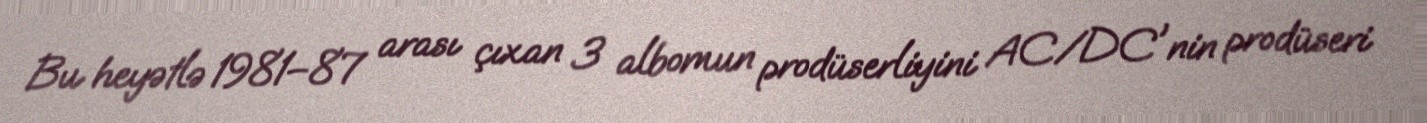
Bu heyətlə 1981–87 arası çıxan 3 albomun prodüserliyini AC/DC'nin prodüseri